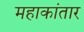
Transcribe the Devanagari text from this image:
महाकांतार